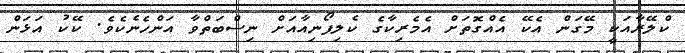
ކްލޭރާއަކީ މޭގަން އެކޭ އެއްގޮތަށް އެމެރިކާގެ ކެލިފޯނިއާއަށް ނިސްބަތްވާ އަންހެނެކެވެ. ކޭކު އަޅަން